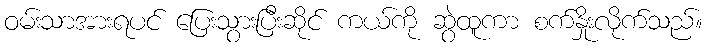
ဝမ်းသာအားရပင် ပြေးသွားပြီးဆိုင် ကယ်ကို ဆွဲထူကာ စက်နှိုးလိုက်သည်။